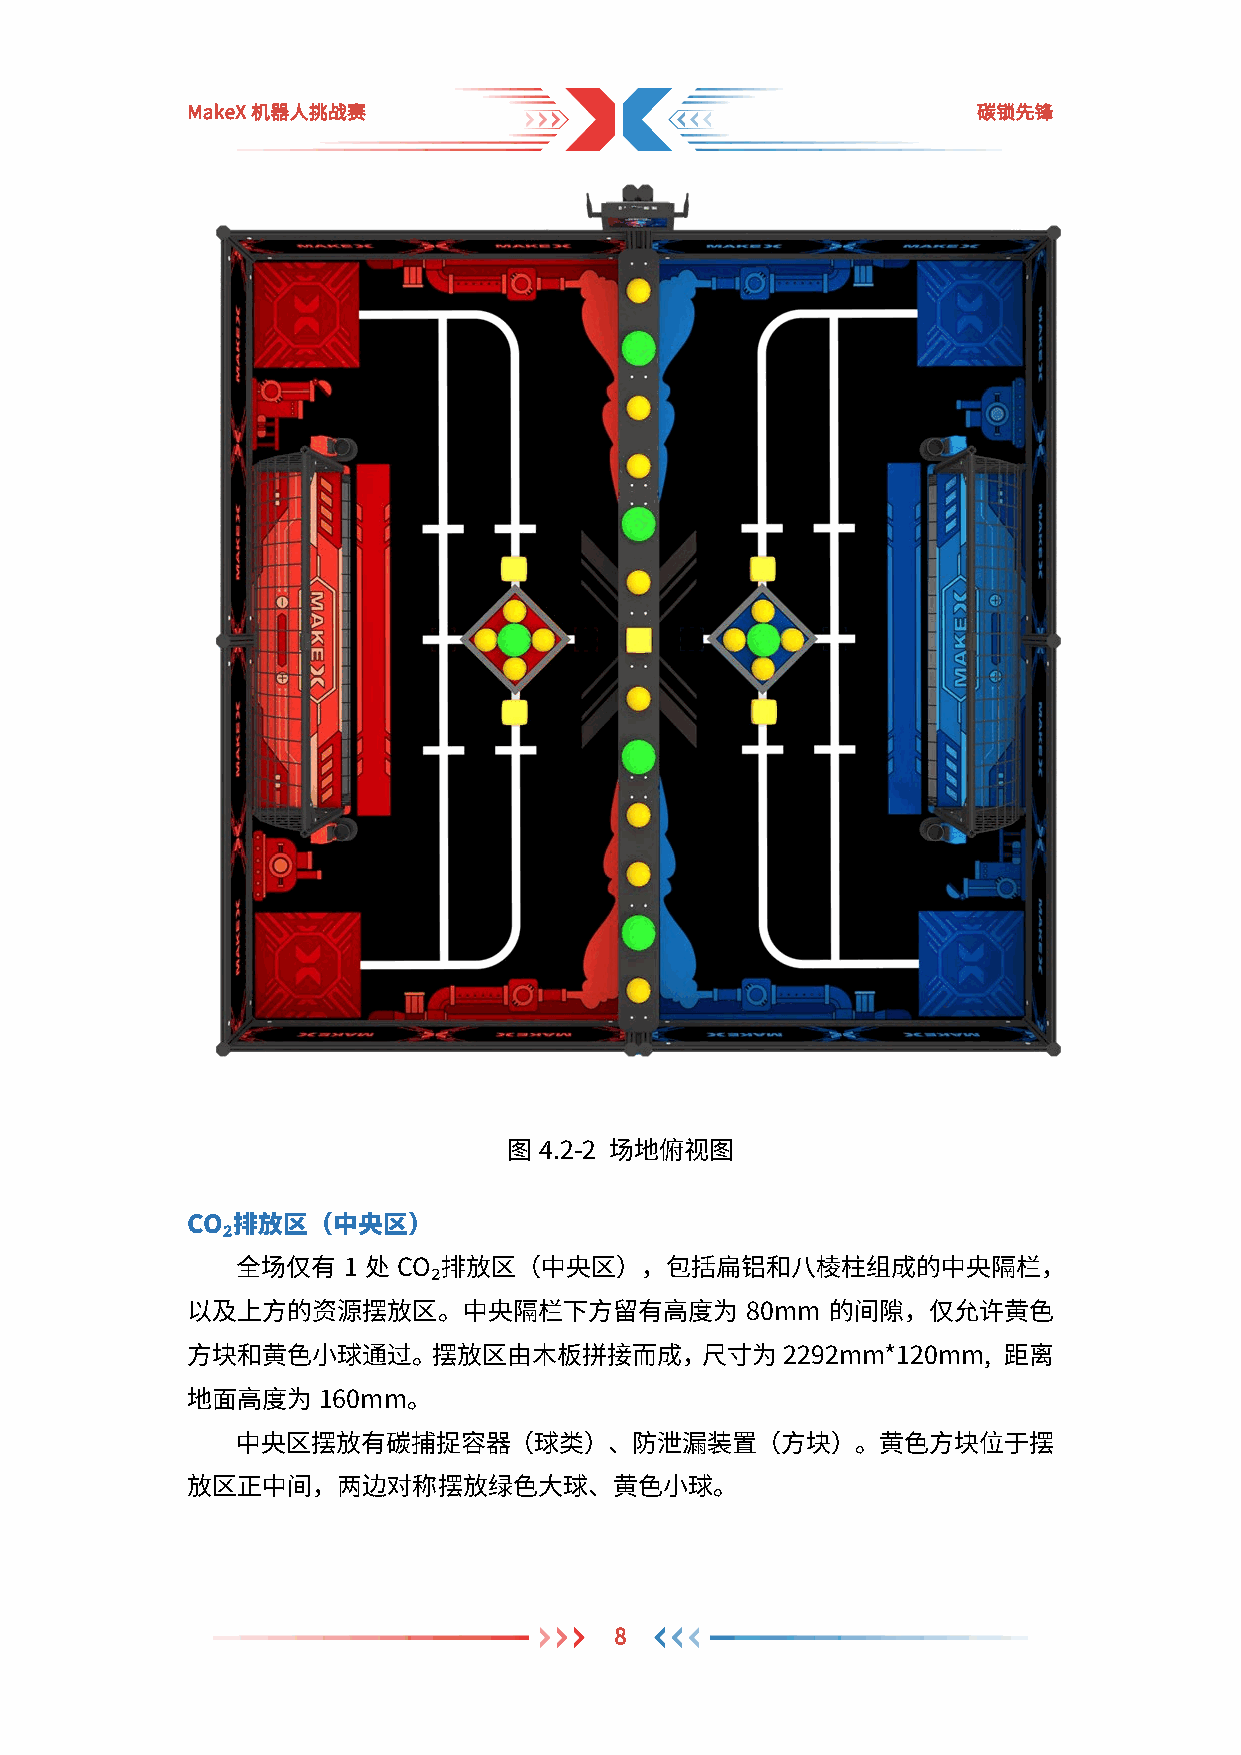
MakeX机器人挑战赛                                          碳锁先锋
 图4.2-2 场地俯视图
 CO 排放区（中央区）
 ₂
 全场仅有   1 处 CO 排放区（中央区），包括扁铝和八棱柱组成的中央隔栏，
 ₂
 以及上方的资源摆放区。中央隔栏下方留有高度为               80mm  的间隙，仅允许黄色
 方块和黄色小球通过。摆放区由木板拼接而成，尺寸为2292mm*120mm,                 距离
 地面高度为160mm。
 中央区摆放有碳捕捉容器（球类）、防泄漏装置（方块）。黄色方块位于摆
 放区正中间，两边对称摆放绿色大球、黄色小球。
 8